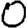
Digit: 0